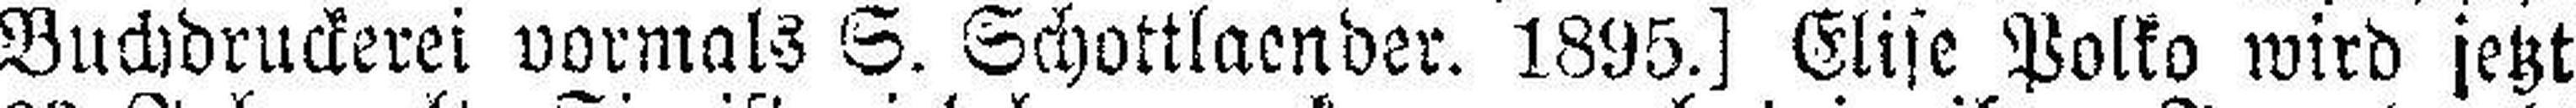
Buchdruckerei vormals S. Schottlaender. 1895.] Elise Polko wird jetzt